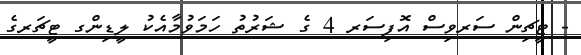
- ޓީޗިން ސަރވިސް އޮފިސަރ 4 ގެ ޝަރުތު ހަމަވުމާއެކު ލީޑިންގ ޓީޗަރގެ